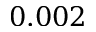
0 . 0 0 2